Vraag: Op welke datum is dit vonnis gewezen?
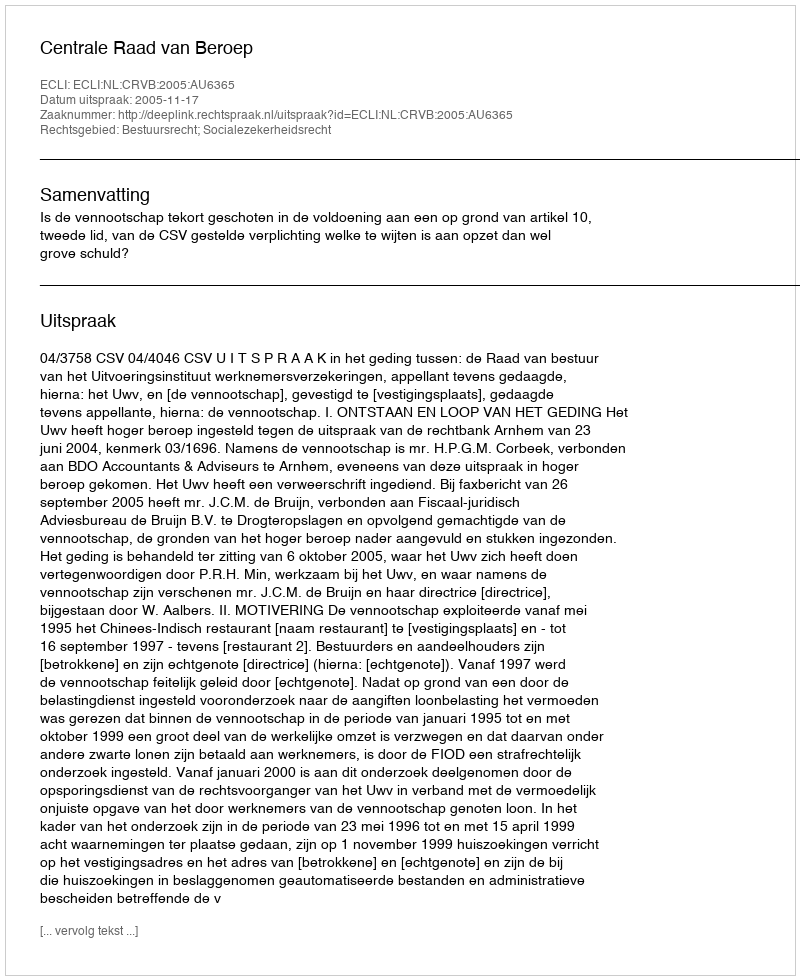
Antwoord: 2005-11-17